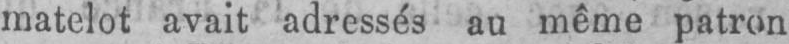
matelot avait adressés au même patron